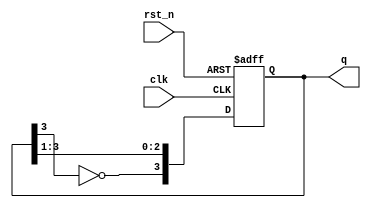
module DivideByN_JohnsonCounter #(
    parameter N = 4  // Number of flip-flops
) (
    input wire clk,       // Clock input
    input wire rst_n,     // Asynchronous active-low reset
    output reg [N-1:0] q  // Counter output
);

// Internal signal for the inverted output of the last flip-flop
wire feedback;

assign feedback = ~q[N-1]; // Inverted output of the last flip-flop

always @(posedge clk or negedge rst_n) begin
    if (!rst_n) begin
        q <= 0; // Reset all flip-flops to 0
    end else begin
        // Shift the states of the flip-flops
        q <= {feedback, q[N-1:1]};
    end
end

endmodule